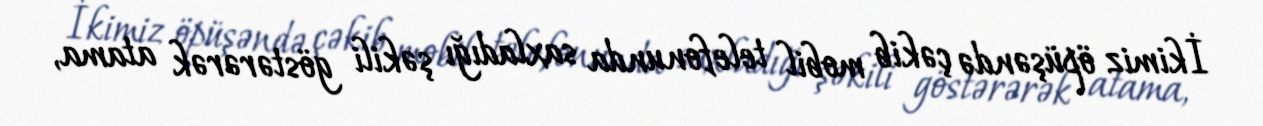
İkimiz öpüşəndə çəkib mobil telefonunda saxladığı şəkili göstərərək atama,